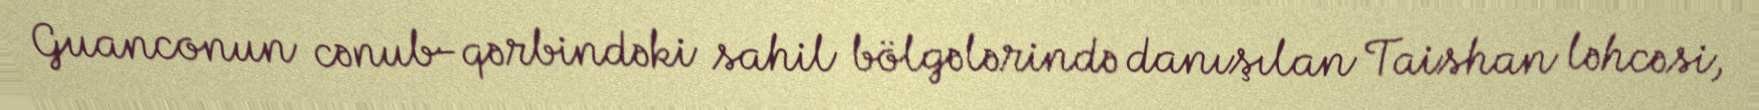
Guanconun cənub-qərbindəki sahil bölgələrində danışılan Taishan ləhcəsi,